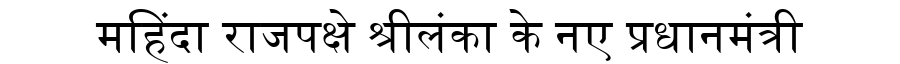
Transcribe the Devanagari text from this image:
महिंदा राजपक्षे श्रीलंका के नए प्रधानमंत्री